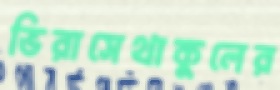
ভিরাসেথাকুলের